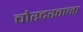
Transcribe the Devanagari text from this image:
चोरदरवाजा